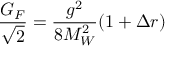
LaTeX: \frac { G _ { F } } { \sqrt { 2 } } = \frac { g ^ { 2 } } { 8 M _ { W } ^ { 2 } } ( 1 + \Delta r )